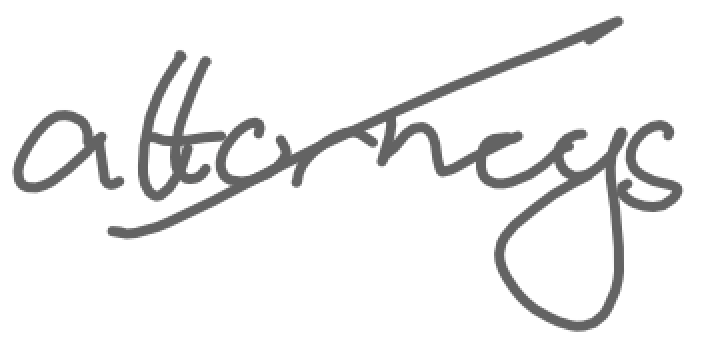
Text: attorneys
Cross-out: diagonal
Writing tool: digital_gray